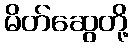
မိတ်ဆွေတို့